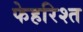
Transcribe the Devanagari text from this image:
फेहरिश्त